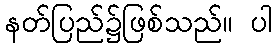
နတ်ပြည်၌ဖြစ်သည်။ ပါ